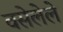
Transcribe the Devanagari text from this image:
वसेलेले